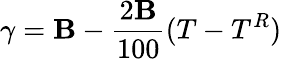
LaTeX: \gamma=\mathbf{B}-{\frac{{2\mathbf{B}}}{{100}}}(T-T^{R})